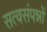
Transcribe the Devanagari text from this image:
सत्वसंपन्नों